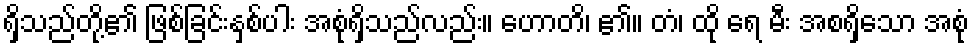
ရှိသည်တို့၏ ဖြစ်ခြင်းနှစ်ပါး အစုံရှိသည်လည်း။ ဟောတိ၊ ၏။ တံ၊ ထို ရေ မီး အစရှိသော အစုံ